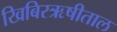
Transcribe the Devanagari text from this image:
खिबिरऋषीताल